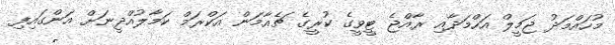
މުހައްމަދު ޖަމީލް އަހްމަދާއި ރާއްޖެ ޓީވީގެ ކުރީގެ ޗެއާމަން އަކްރަމް ކަމާލުއްދީނަށް އަންގައިފި